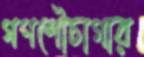
গণশৌচাগার